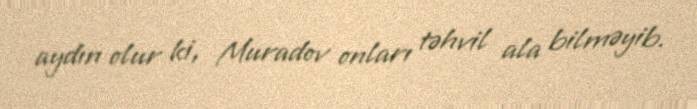
aydın olur ki, Muradov onları təhvil ala bilməyib.